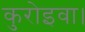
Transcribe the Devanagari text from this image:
कुरोइवा।